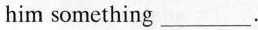
him something ___.